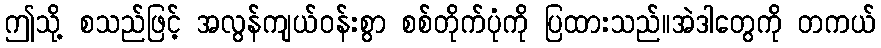
ဤသို့ စသည်ဖြင့် အလွန်ကျယ်ဝန်းစွာ စစ်တိုက်ပုံကို ပြထားသည်။အဲဒါတွေကို တကယ်